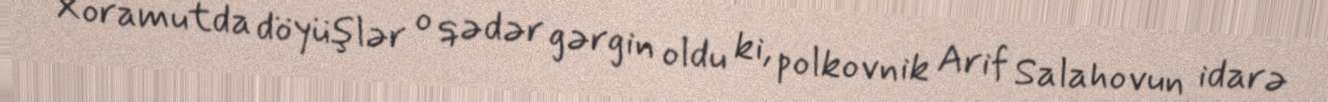
Xoramutda döyüşlər o qədər gərgin oldu ki, polkovnik Arif Salahovun idarə